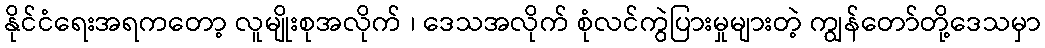
နိုင်ငံရေးအရကတော့ လူမျိုးစုအလိုက် ၊ ဒေသအလိုက် စုံလင်ကွဲပြားမှုများတဲ့ ကျွန်တော်တို့ဒေသမှာ